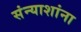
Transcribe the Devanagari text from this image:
संन्याशांना